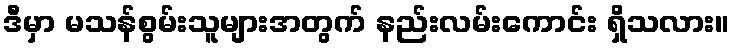
ဒီမှာ မသန်စွမ်းသူများအတွက် နည်းလမ်းကောင်း ရှိသလား။